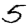
Digit: 5